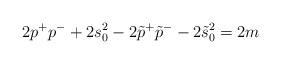
LaTeX: \begin{align*}2p^{+}p^{-}+2s_0^2-2\tilde{p}^{+}\tilde{p}^{-}-2\tilde{s}_0^2=2m\end{align*}